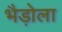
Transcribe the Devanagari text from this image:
भैड़ोला